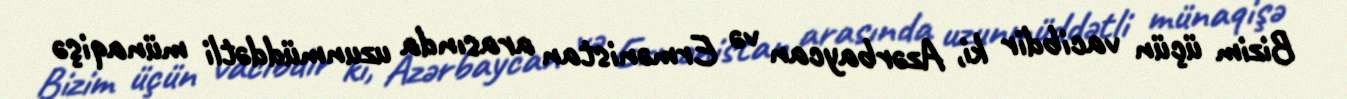
Bizim üçün vacibdir ki, Azərbaycan və Ermənistan arasında uzunmüddətli münaqişə